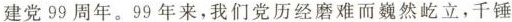
建党99周年。99年来，我们党历经磨难而巍然屹立，千锤